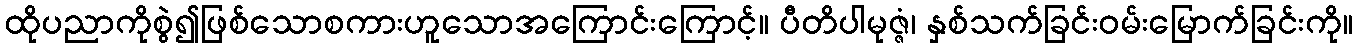
ထိုပညာကိုစွဲ၍ဖြစ်သောစကားဟူသောအကြောင်းကြောင့်။ ပီတိပါမုဇ္ဇံ၊ နှစ်သက်ခြင်းဝမ်းမြောက်ခြင်းကို။